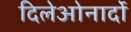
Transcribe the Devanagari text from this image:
दिलेओनार्दो